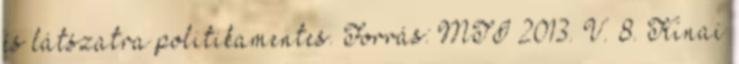
és látszatra politikamentes. Forrás: MTI 2013. V. 8. Kínai